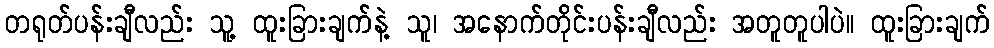
တရုတ်ပန်းချီလည်း သူ့ ထူးခြားချက်နဲ့ သူ၊ အနောက်တိုင်းပန်းချီလည်း အတူတူပါပဲ။ ထူးခြားချက်